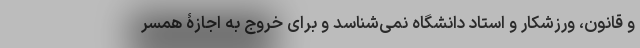
و قانون، ورزشکار و استاد دانشگاه نمی‌شناسد و برای خروج به اجازۀ همسر